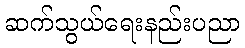
ဆက်သွယ်ရေးနည်းပညာ